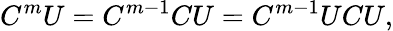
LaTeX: C^{m}U=C^{m-1}CU=C^{m-1}UCU,